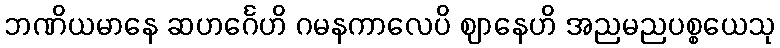
ဘဏိယမာနေ ဆဟင်္ဂေဟိ ဂမနကာလေပိ ဈာနေဟိ အညမညပစ္စယေသု